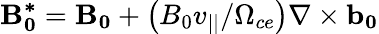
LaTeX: \mathbf{B_{0}^{*}}=\mathbf{B_{0}}+\left(B_{0}v_{||}/\Omega_{ce}\right)\nabla\times\mathbf{b_{0}}